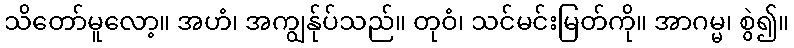
သိတော်မူလော့။ အဟံ၊ အကျွန်ုပ်သည်။ တုဝံ၊ သင်မင်းမြတ်ကို။ အာဂမ္မ၊ စွဲ၍။